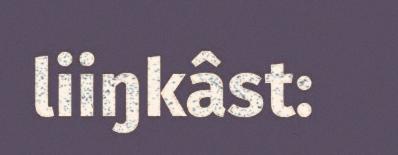
liiŋkâst: